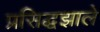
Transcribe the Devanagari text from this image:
प्रसिद्धझाले